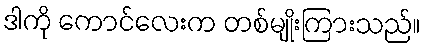
ဒါကို ကောင်လေးက တစ်မျိုးကြားသည်။